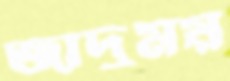
জাদুময়